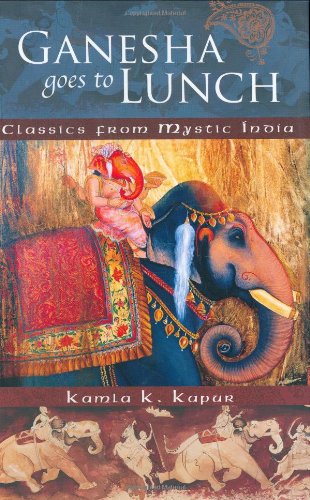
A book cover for Ganesha Goes to Lunch: Classics from Mystic India (Mandala Classics); Kamla K. Kapur; Literature & Fiction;